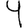
Digit: 9